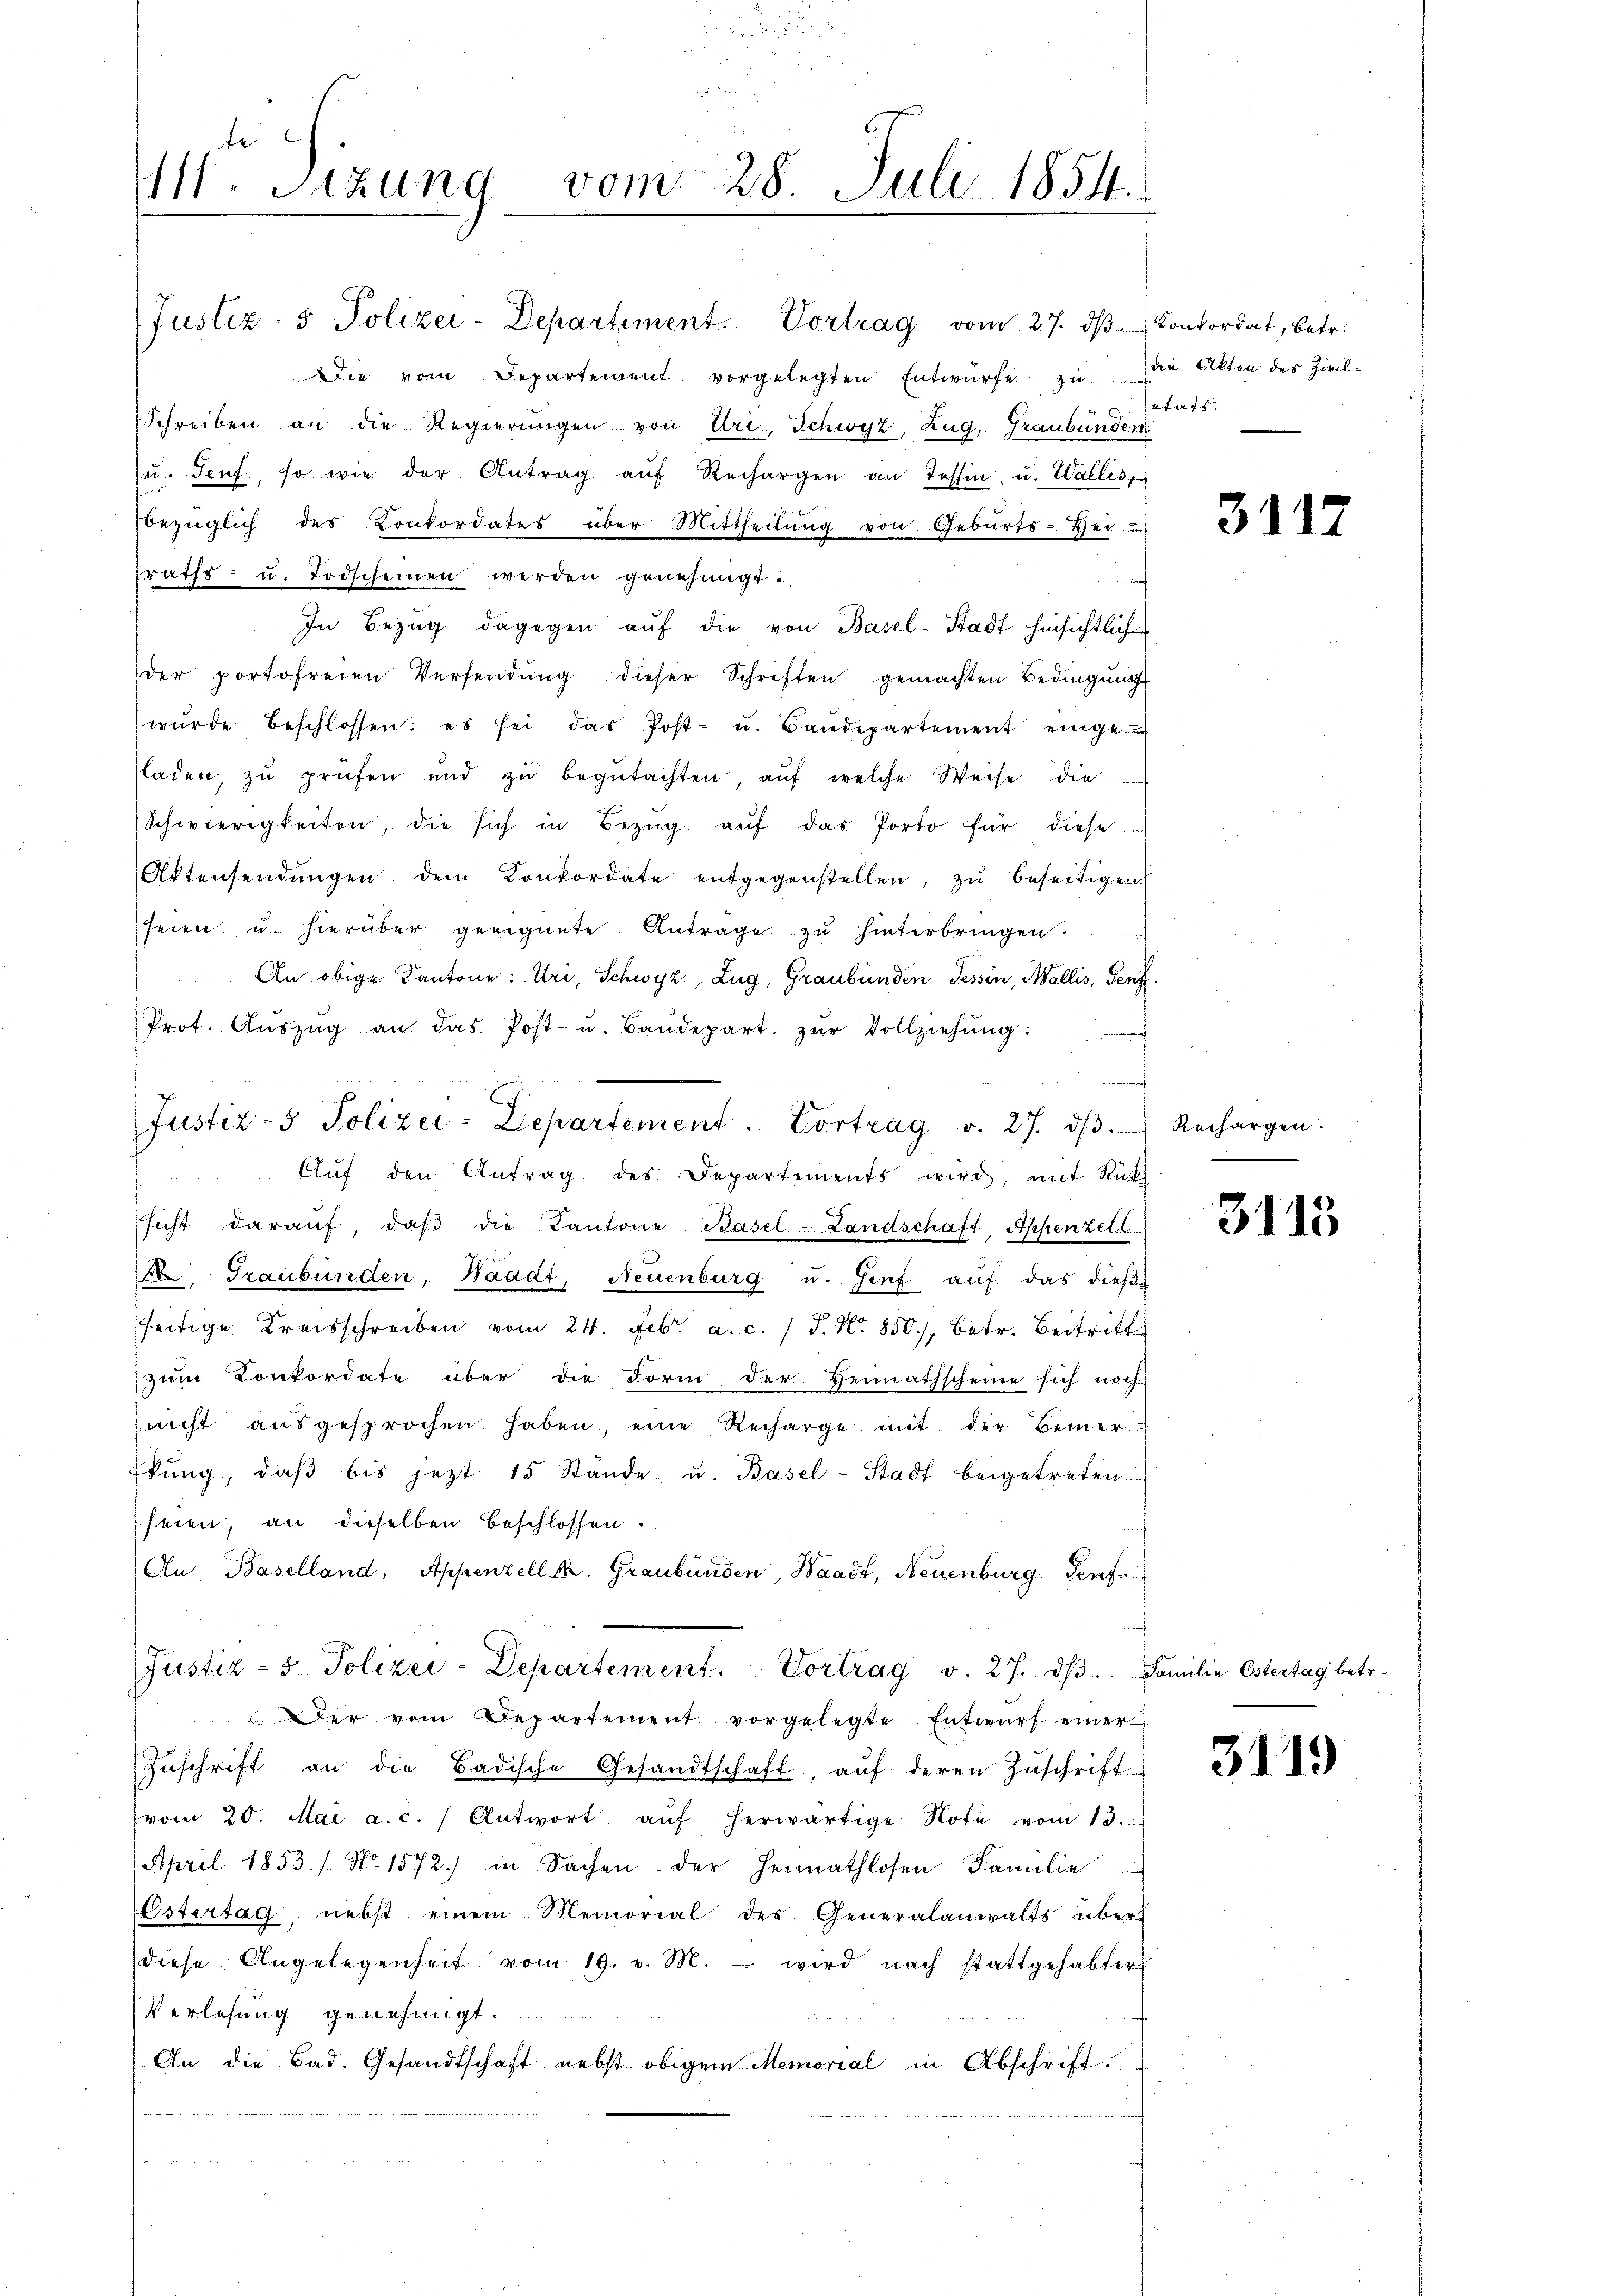
te
111. Sitzung vom 28. Juli 1854.

Die vom Departement vorgelegten Entwürfe zu die Akten des Zivil-
Schreiben an die Regierungen von Uri, Schwyz, Zug, Graubünder
(u. Senf, so wie der Antrag aŭf Rechargen an Tessin u. Wallis,
bezüglich des Konkordates über Mittheilŭng von Gebŭrts-Hei-
raths- u. Todscheinen werden genehmigt.
In Bezŭg dagegen aŭf die von Basel-Stadt hinsichtlich
der portofreien Versendŭng dieser Schriften gemachten Bedingŭng
wŭrde beschlossen: es sei das Post- u. Bandepartement einge
laden, zu prüfen und zŭ begŭtachten, aŭf welche Weise die
Schwierigkeiten, die sich in Bezŭg aŭf das Porto für diese
Aktensendŭngen dem Konkordate entgegenstellen, zŭ beseitigen
seien u. hierüber geeignete Antrage zu hinterbringen.
An obige Kantone: Uri, Schwyz, Zug, Graubünden Tessin, Wallis, Genf
Prot. Aŭszŭg an das Post- u. Baŭdepart. zŭr Vollziehŭng:
Aŭf den Antrag des Departements wird, mit Rük
sicht daraŭf, daβ die Kantone Basel-Landschaft, Appenzel
 Graubünden, Waadt, Neuenburg u. Genf auf das dies-
seitige Kreisschreiben vom 24. Febr. a. c. 1 S. Nr. 850, betr. Beitritt
zum Konkordate über die Form der Heimathscheine sich noch:
nicht aŭsgesprochen haben, eine Recharge mit der Bemer
tŭng, daβ bis jezt 15 Stande u. Basel-Stadt beigetreten.
seien, an dieselben beschlossen.
An. Baselland, Appenzell k. Graubünden, Waadt, Neuenburg, Genf
Justiz- & Polizei-Departement. Vortrag v. 27. dβ. Familie Ostertag betr.
Der vom Departement vorgelegte Entwŭrf einer
Zŭschrift an die Badische Gesandtschaft, aŭf deren Zŭschrift-
vom 20. Mai a.c.  Antwort aŭf herwärtige Note vom 13.
April 1853 / No. 1572) in Sachen der Heimathlosen Familie
Estertag, nebst einem Memorial des Generalanwalts über
diese Angelegenheit vom 19. v. M. wird nach stattgehabter
Verlesung genehmigt.
An die Bad. Gesandtschaft nebst obigem Memorial in Abschrift

Justiz- & Polizei-Departement. Vortrag vom 27. dβ. Konkordat, betr.

Justiz- & Polizei-Departement. Vortrag v. 27. dβ. Rechargen.

setats.

3117

.

3115

3119